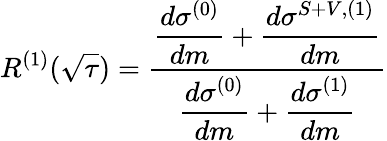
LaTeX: R^{(1)}(\sqrt{\tau})=\frac{\displaystyle\frac{d\sigma^{(0)}}{dm}+\frac{d\sigma^{S+V,(1)}}{dm}}{\displaystyle\frac{d\sigma^{(0)}}{dm}+\frac{d\sigma^{(1)}}{dm}}